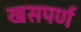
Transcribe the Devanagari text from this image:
खसपर्ण